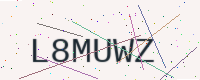
Text: L8MUWZ